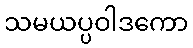
သမယပ္ပဝါဒကော